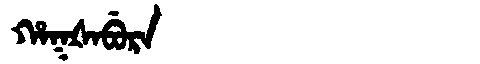
Manchu: ᡥᠠᡴᡧᠠᠪᡠᡵᠠ
Romanization: HAKŠABURA